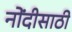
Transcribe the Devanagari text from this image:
नोंदीसाठी